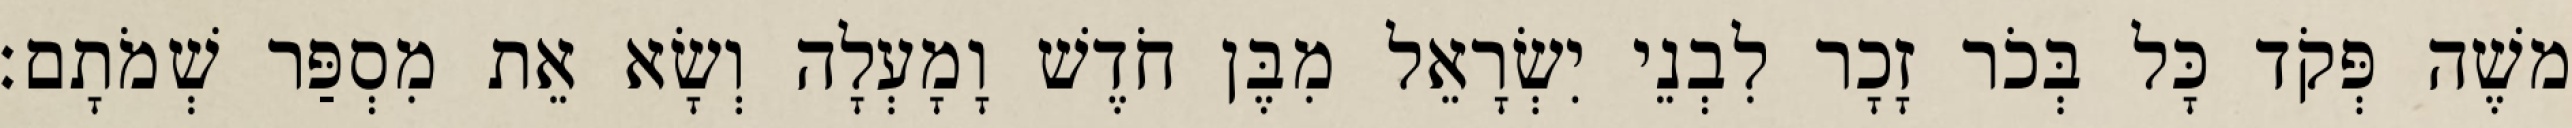
משֶׁה פְּקֹד כָּל בְּכֹר זָכָר לִבְנֵי יִשְׂרָאֵל מִבֶּן חֹדֶשׁ וָמָעְלָה וְשָׂא אֵת מִסְפַּר שְׁמֹתָם׃